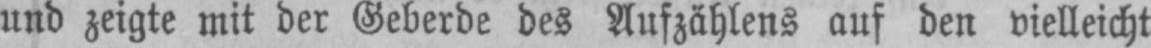
und zeigte mit der Geberde des Aufzählens auf den vielleicht